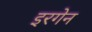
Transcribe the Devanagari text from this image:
इरगेन